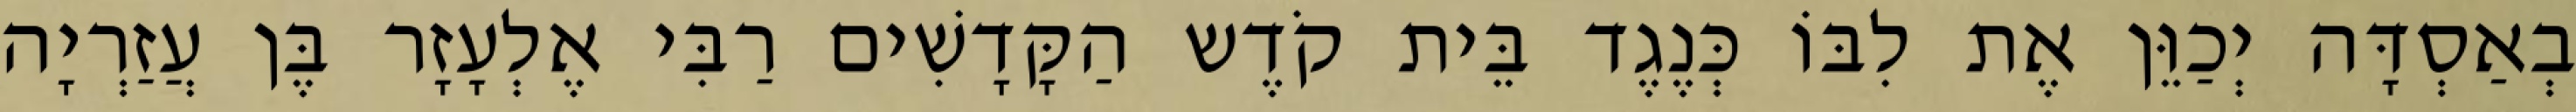
בְאַסְדָּה יְכַוֵּן אֶת לִבּוֹ כְּנֶגֶד בֵּית קֹדֶש הַקָּדָשִׁים רַבִּי אֶלְעָזָר בֶּן עֲזַרְיָה